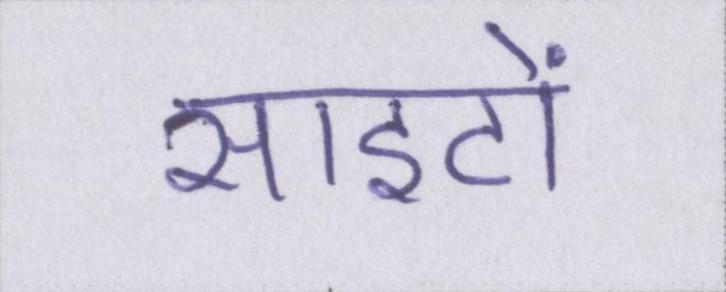
साइटों